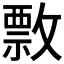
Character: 𢿖